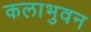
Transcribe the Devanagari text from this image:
कलाभुवन